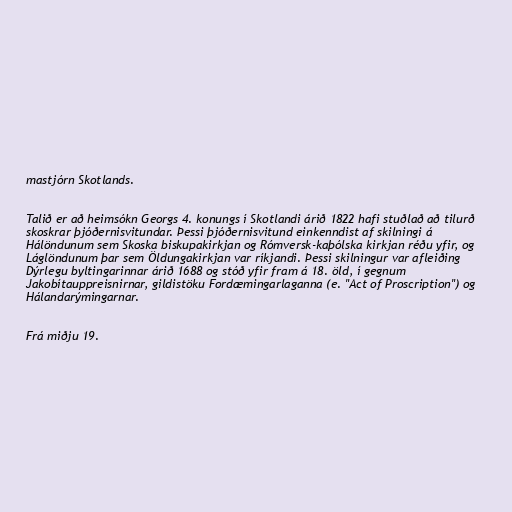
mastjórn Skotlands.

Talið er að heimsókn Georgs 4. konungs í Skotlandi árið 1822 hafi stuðlað að tilurð
skoskrar þjóðernisvitundar. Þessi þjóðernisvitund einkenndist af skilningi á
Hálöndunum sem Skoska biskupakirkjan og Rómversk-kaþólska kirkjan réðu yfir, og
Láglöndunum þar sem Öldungakirkjan var ríkjandi. Þessi skilningur var afleiðing
Dýrlegu byltingarinnar árið 1688 og stóð yfir fram á 18. öld, í gegnum
Jakobítauppreisnirnar, gildistöku Fordæmingarlaganna (e. "Act of Proscription") og
Hálandarýmingarnar.

Frá miðju 19.